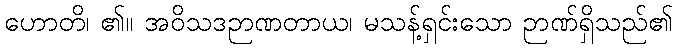
ဟောတိ၊ ၏။ အဝိသဒဉာဏတာယ၊ မသန့်ရှင်းသော ဉာဏ်ရှိသည်၏